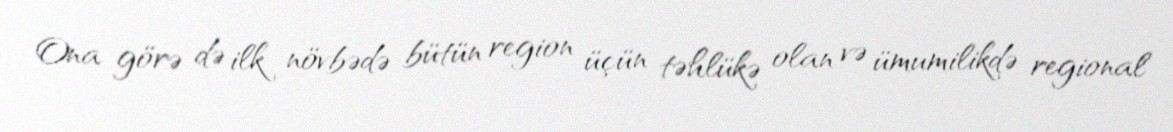
Ona görə də ilk növbədə bütün region üçün təhlükə olan və ümumilikdə regional